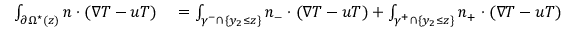
\begin{array} { r l } { \int _ { \partial \Omega ^ { \star } ( z ) } n \cdot ( \nabla T - u T ) } & { { } = \int _ { \gamma ^ { - } \cap \{ y _ { 2 } \leq z \} } n _ { - } \cdot ( \nabla T - u T ) + \int _ { \gamma ^ { + } \cap \{ y _ { 2 } \leq z \} } n _ { + } \cdot ( \nabla T - u T ) } \end{array}